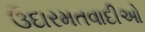
ઉદારમતવાદીઓ